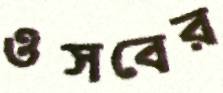
ওসবের